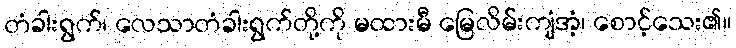
တံခါးရွက်၊ လေသာတံခါးရွက်တို့ကို မထားမီ မြေလိမ်းကျံအံ့၊ စောင့်သေး၏။